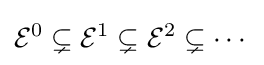
{\mathcal {E}}^{0}\subsetneq {\mathcal {E}}^{1}\subsetneq {\mathcal {E}}^{2}\subsetneq \cdots